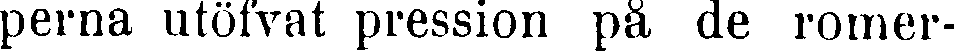
perna utöfvat pression på de romer-